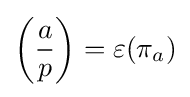
\left({\frac {a}{p}}\right)=\varepsilon (\pi _{a})